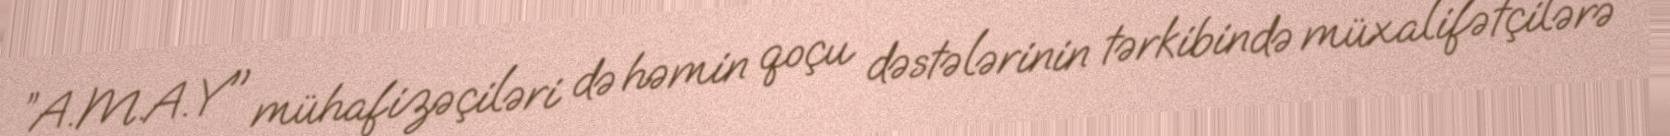
”A.M.A.Y" mühafizəçiləri də həmin qoçu dəstələrinin tərkibində müxalifətçilərə